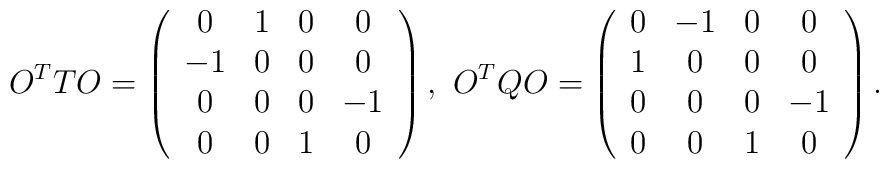
O^{T} T O = \left( \begin{array}{cccc} 0 & 1 & 0 & 0 \\ -1 & 0 &0 & 0 \\ 0 & 0 & 0 & -1 \\ 0 & 0 & 1 & 0 \end{array} \right), ~ O^{T} Q O = \left( \begin{array}{cccc} 0 & -1 & 0 & 0 \\ 1 & 0 &0 & 0 \\ 0 & 0 & 0 & -1 \\ 0 & 0 & 1 & 0 \end{array} \right).